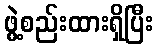
ဖွဲ့စည်းထားရှိပြီး